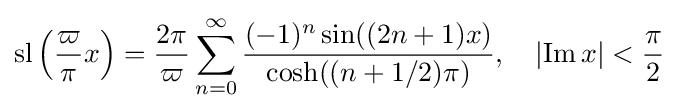
\operatorname {sl} {\Bigl (}{\frac {\varpi }{\pi }}x{\Bigr )}={\frac {2\pi }{\varpi }}\sum _{n=0}^{\infty }{\frac {(-1)^{n}\sin((2n+1)x)}{\cosh((n+1/2)\pi )}},\quad \left|\operatorname {Im} x\right|<{\frac {\pi }{2}}